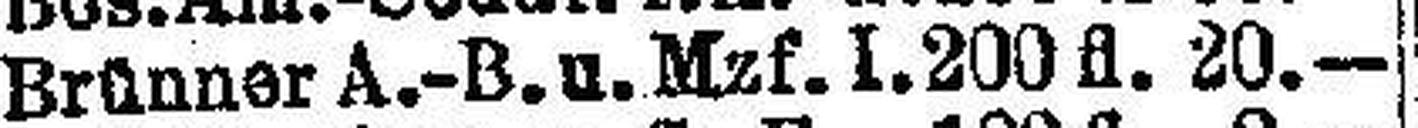
Brünner A.-B.u. Mzf. 1.200 fl. 20.—